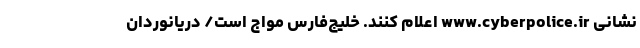
نشانی www.cyberpolice.ir اعلام کنند. خلیج‌فارس مواج است/ دریانوردان